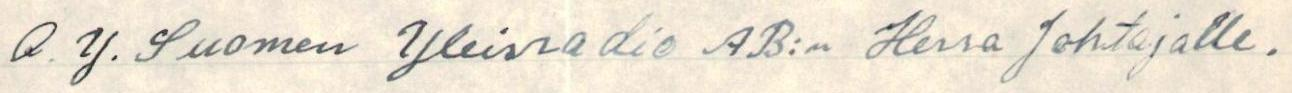
O. Y. Suomen Yleisradio AB:n Herra Johtajalle.